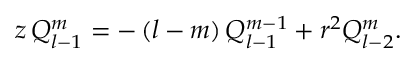
z \, Q _ { l - 1 } ^ { m } = - \, ( l - m ) \, Q _ { l - 1 } ^ { m - 1 } + r ^ { 2 } Q _ { l - 2 } ^ { m } .